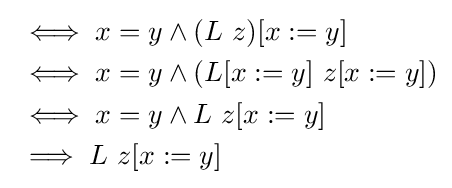
{\begin{aligned}&\iff x=y\land (L\ z)[x:=y]\\&\iff x=y\land (L[x:=y]\ z[x:=y])\\&\iff x=y\land L\ z[x:=y]\\&\implies L\ z[x:=y]\end{aligned}}